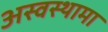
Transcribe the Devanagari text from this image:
अस्वस्थामा